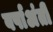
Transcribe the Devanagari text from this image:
वर्षाअंती